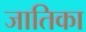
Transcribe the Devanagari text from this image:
जातिका